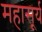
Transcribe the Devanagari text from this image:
महासूर्य